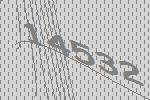
14532